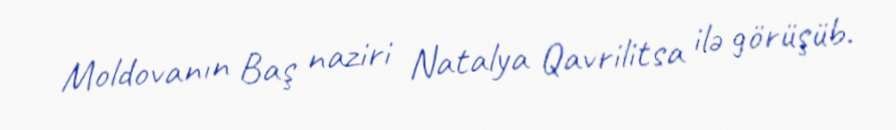
Moldovanın Baş naziri Natalya Qavrilitsa ilə görüşüb.